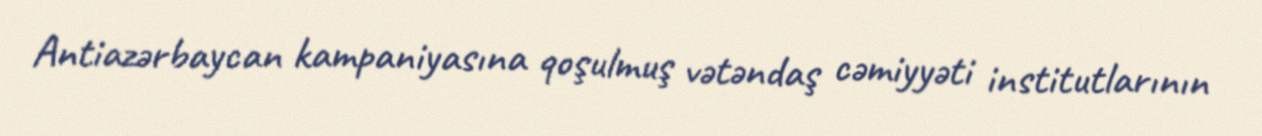
Antiazərbaycan kampaniyasına qoşulmuş vətəndaş cəmiyyəti institutlarının